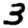
Digit: 3